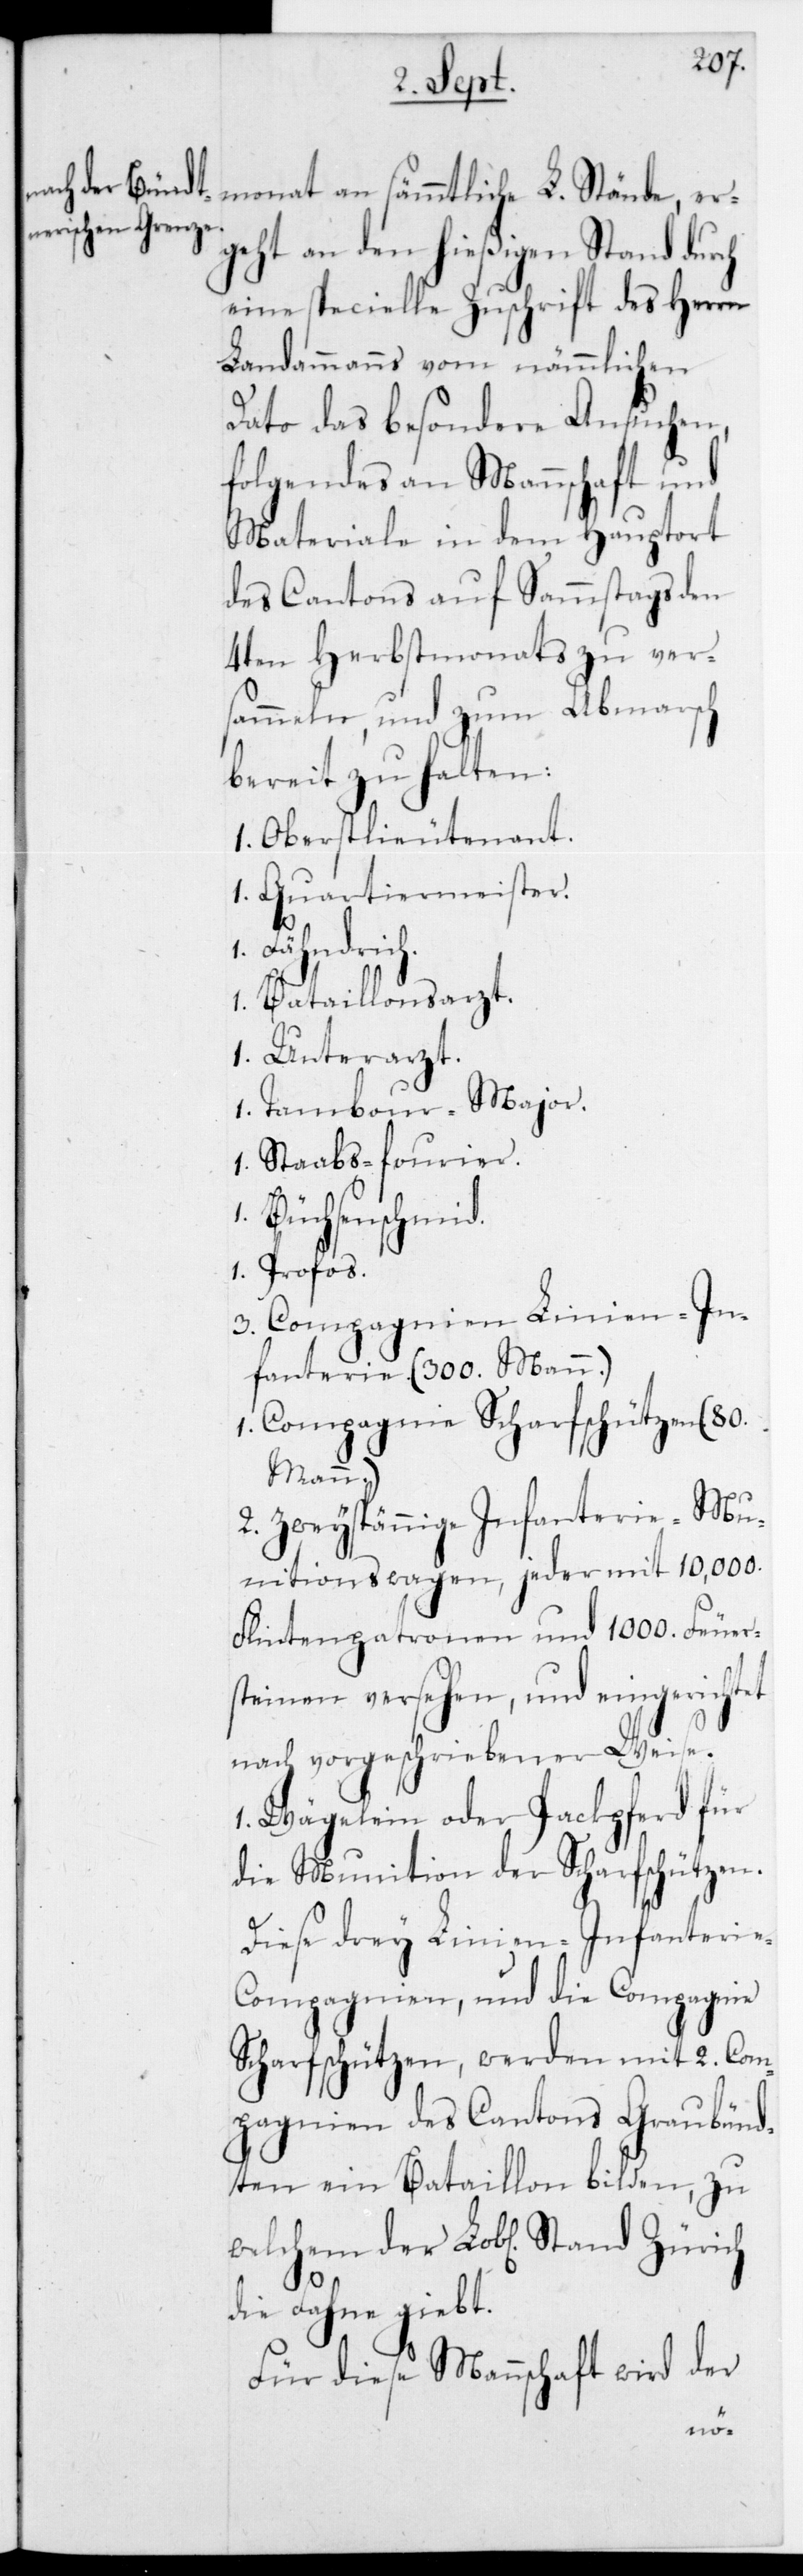
geht an den hießigenStand durch
eine specielle Zuschrift des Herrn
Landammanns vom nämmlichen
Dato das besondere Ansuchen,
folgendes an Mannschaft und
Materiale in dem Hauptort
des Cantons auf Sammstags den
4ten Herbstmonats zu ver¬
sammeln, und zum Abmarsch
bereit zu halten:
1 Oberstlieutenant.
1 Quartiermeister.
Zürich
1 Bataillonsarzt.
1 Unterarzt.
1 Tambour-Major.
1 Staabs-Fourier.
1 Büchsenschmid.
1 Profos.
3 Compagnien Linien-In¬
fanterie (300 Mann.)
1 Compagnie Scharfschützen (80
Stand
2 Zweyspännige Infanterie-Mu¬
nitionswagen, jeder mit 10'000
Flintenpatronen und 1000 Feuers¬
teinen versehen, und eingerichtet
nach vorgeschriebener Weise.
1 Wägelein oder Packpferd für
die Munition der Scharfschützen.
Diese drey Linien-Infanterie-C¬
ompagnien, und die Compagnie
Scharfschützen, werden mit 2 Com¬
pagnien des Cantons Graubünd¬
ten ein Bataillon bilden, zu
die Fahne giebt.
Für diese Mannschaft wird der